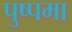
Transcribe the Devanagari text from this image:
पुष्पमा